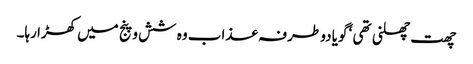
چھت چھلنی تھی ‘ گویا دو طرفہ عذاب وہ شش و پنج میں کھڑا رہا۔